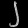
Digit: ၂